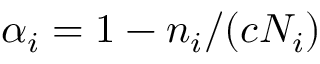
\alpha _ { i } = 1 - n _ { i } / ( c N _ { i } )